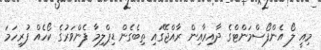
މިއީ ލޯ އެންފޯސްމަންޓްގެ ދާއިރާއިން ރާއްޖޭގައި ތިބެގެން ޑިޕްލިމާ ފެންވަރުގެ ކޯހެއް ފުރިހަމަ